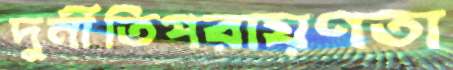
দুর্নীতিপরায়ণতা